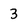
Character: 3